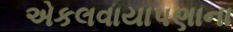
એકલવાયાપણાના